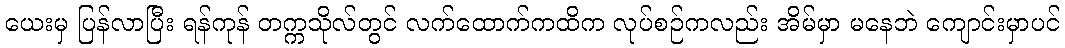
ယေးမှ ပြန်လာပြီး ရန်ကုန် တက္ကသိုလ်တွင် လက်ထောက်ကထိက လုပ်စဉ်ကလည်း အိမ်မှာ မနေဘဲ ကျောင်းမှာပင်